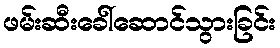
ဖမ်းဆီးခေါ်ဆောင်သွားခြင်း